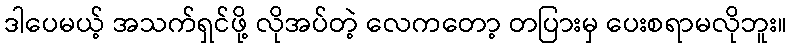
ဒါပေမယ့် အသက်ရှင်ဖို့ လိုအပ်တဲ့ လေကတော့ တပြားမှ ပေးစရာမလိုဘူး။